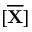
[ \overline { { \mathbf { X } } } ]